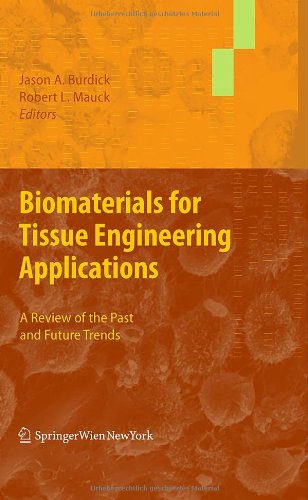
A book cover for Biomaterials for Tissue Engineering Applications: A Review of the Past and Future Trends; Science & Math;